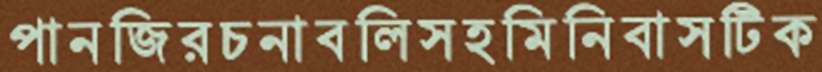
পানজিরচনাবলিসহমিনিবাসটিক